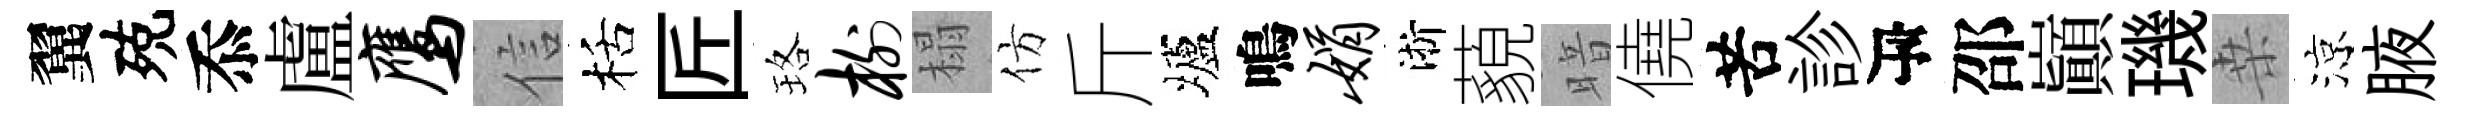
翼殑忝盧鹰信栝匠珞榭榻仿斤壚鳴娟淅藐暗僥苦診瓴邵巔璣桒涼腋